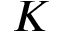
K